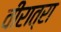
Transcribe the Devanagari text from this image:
वीरात्रा